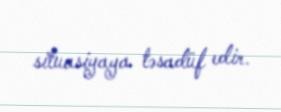
situasiyaya təsadüf edir.